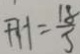
F H = \frac { 1 8 } { 5 }